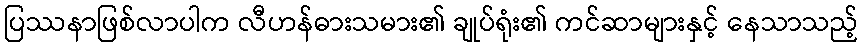
ပြဿနာဖြစ်လာပါက လီဟန်ဓားသမား၏ ချုပ်ရုံး၏ ကင်ဆာများနှင့် နေသာသည့်